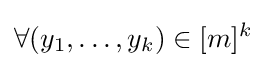
\forall (y_{1},\dots ,y_{k})\in [m]^{k}